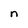
Character: n